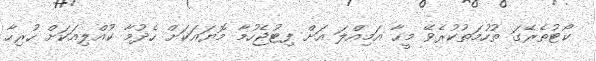
ކޯޓުތެރޭގަ ތުހުމަތުކުރެވޭ މީހާ އަމިއްލަ އަށް ފިޓުޖެހުމާ މޮޔައަކަށް ހެދުމާ ކުއްލިއަކަށް ހުރިހާ